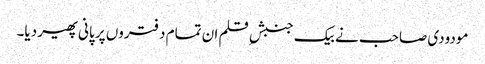
مودودی صاحب نے بیک جنبشِ قلم ان تمام دفتروں پر پانی پھیر دیا۔